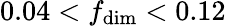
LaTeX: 0.04<f_{\mathrm{dim}}<0.12